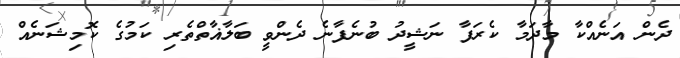
ދެން އަނެއްކާ މާދަމާ ކެރަފާ ނަޝީދު ބުނެފާނެ ދެންވީ ބަލާޣާތްތެރި ކަމުގެ ކޮމިޝަނެއް